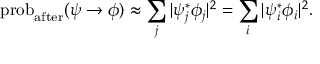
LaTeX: \operatorname { p r o b } _ { \mathrm { a f t e r } } ( \psi \to \phi ) \approx \sum _ { j } | \psi _ { j } ^ { * } \phi _ { j } | ^ { 2 } = \sum _ { i } | \psi _ { i } ^ { * } \phi _ { i } | ^ { 2 } .